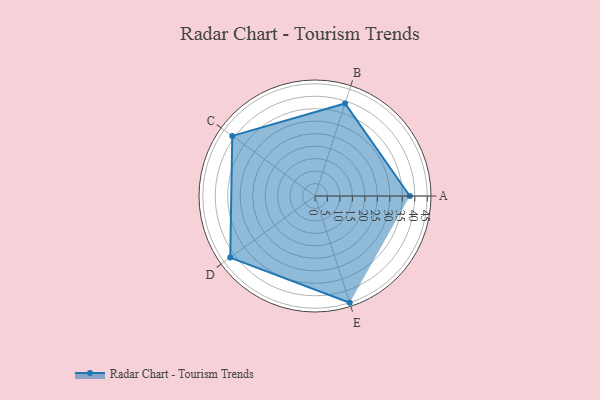
{"axis": {"x": "Skill", "y": "Score"}, "legend": ["Profile"], "data": [{"x": "A", "y": 38.0, "type": "Profile"}, {"x": "B", "y": 39.0, "type": "Profile"}, {"x": "C", "y": 41.0, "type": "Profile"}, {"x": "D", "y": 42.0, "type": "Profile"}, {"x": "E", "y": 45.0, "type": "Profile"}]}